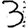
Digit: 3